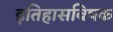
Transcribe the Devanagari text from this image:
इतिहासविषक